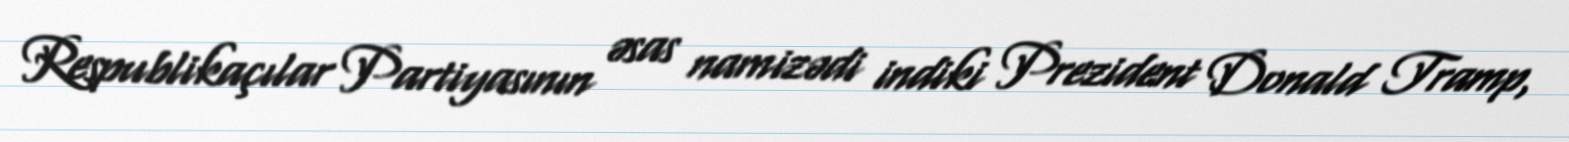
Respublikaçılar Partiyasının əsas namizədi indiki Prezident Donald Tramp,